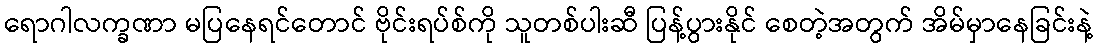
ရောဂါလက္ခဏာ မပြနေရင်တောင် ဗိုင်းရပ်စ်ကို သူတစ်ပါးဆီ ပြန့်ပွားနိုင် စေတဲ့အတွက် အိမ်မှာနေခြင်းနဲ့